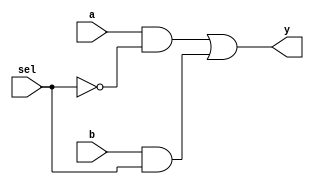
module mux_2x1(
    input a, b, sel, 
    output y);
    assign y = (a & ~sel) | (b & sel);
endmodule

module xor_using_mux(
    input a, b, 
    output y);
    mux_2x1 m1(a,~a,b,y);
endmodule